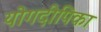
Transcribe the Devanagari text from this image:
योगदीपिका